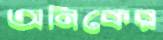
অনিকের